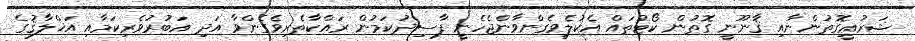
ޝަރުޢީގޮތުންނާއި ޤާނޫނީ ގޮތުން ކޯޓުތައް އެކުލެވިގެންވާންޖެހެނީ ފާސިދުކަމުން ރައްކާތެރިވެގެންވާ އަދި އަބުރުވެރިކަމާއި އަޚްލާޤުގެ